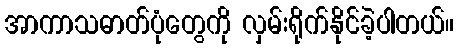
အာကာသဓာတ်ပုံတွေကို လှမ်းရိုက်နိုင်ခဲ့ပါတယ်။